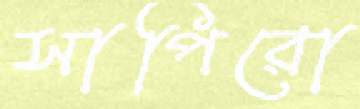
সাপিরো